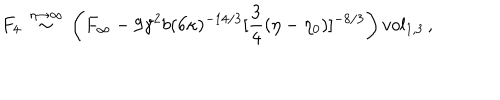
F _ { 4 } \, \stackrel { \eta \rightarrow \infty } { \sim } \, \left( F _ { \infty } - 9 \gamma ^ { 2 } b ( 6 \kappa ) ^ { - 1 4 / 3 } [ \frac { 3 } { 4 } ( \eta - \eta _ { 0 } ) ] ^ { - 8 / 3 } \right) v o l _ { 1 , 3 } \, ,